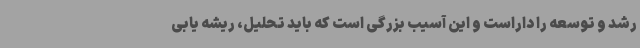
رشد و توسعه را داراست و این آسیب بزرگی است که باید تحلیل، ریشه یابی